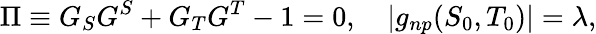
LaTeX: \Pi\equiv G_{S}G^{S}+G_{T}G^{T}-1=0,\quad|g_{np}(S_{0},T_{0})|=\lambda,